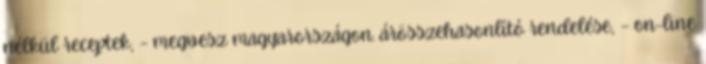
nélkül receptek, – megvesz magyarországon. árösszehasonlító rendelése, – on-line